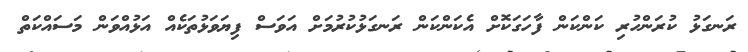
ރަނގަޅު ކުރަންހުރި ކަންކަން ފާހަގަކޮށް އެކަންކަން ރަނގަޅުކުރުމަށް އަވަސް ފިޔަވަޅުތަކެއް އަޅުއްވަން މަސައްކަތް